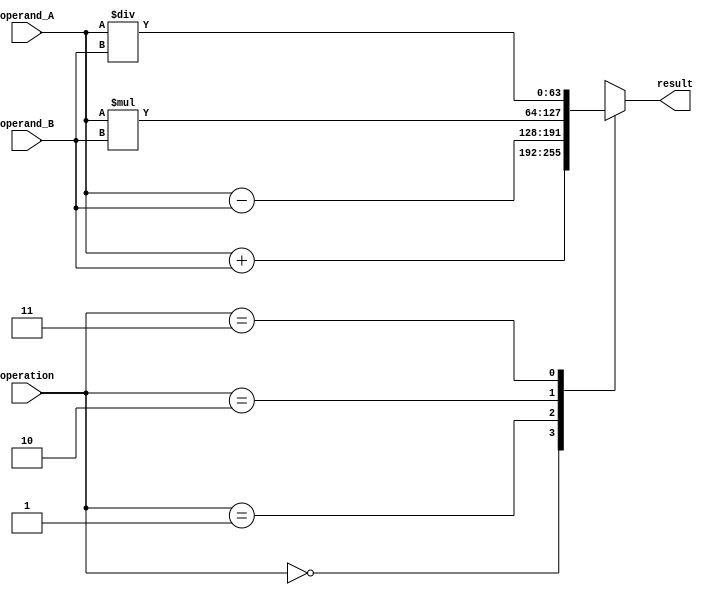
module double_precision_fpu (
  input wire [63:0] operand_A,
  input wire [63:0] operand_B,
  input wire [2:0] operation,
  output reg [63:0] result
);

  // Components for addition, subtraction, multiplication, division

  // Floating point representation

  // Rounding logic

  // Support for overflow and underflow conditions

  // Accurate and efficient execution of arithmetic operations

  always @(*) begin
    case(operation)
      3'b000: result = operand_A + operand_B; // Addition
      3'b001: result = operand_A - operand_B; // Subtraction
      3'b010: result = operand_A * operand_B; // Multiplication
      3'b011: result = operand_A / operand_B; // Division
      default: result = 64'hXXXXXXXXXXXXXXXX; // Unknown operation
    endcase
  end
endmodule